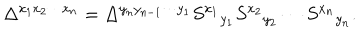
LaTeX: \Delta ^ { x _ { 1 } x _ { 2 } \cdots x _ { n } } = \Delta ^ { y _ { n } y _ { n - 1 } \cdots y _ { 1 } } S ^ { x _ { 1 } } { } _ { y _ { 1 } } S ^ { x _ { 2 } } { } _ { y _ { 2 } } \cdots S ^ { x _ { n } } { } _ { y _ { n } } .